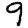
Digit: 9